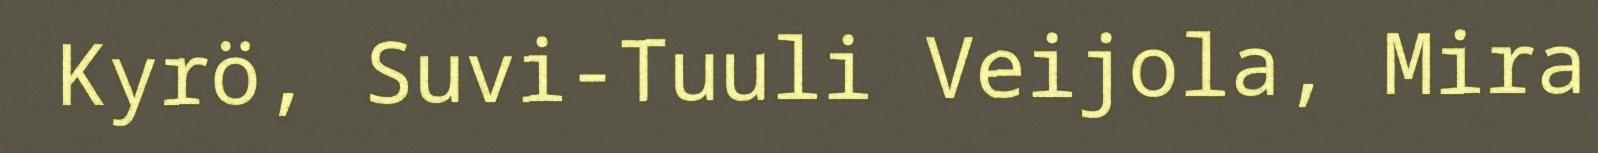
Kyrö, Suvi-Tuuli Veijola, Mira